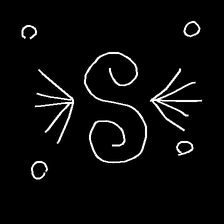
Glyph: aeroform